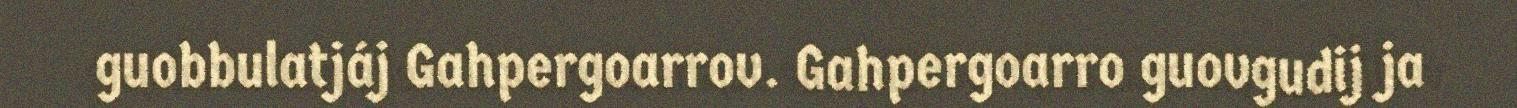
guobbulatjáj Gahpergoarrov. Gahpergoarro guovgudij ja